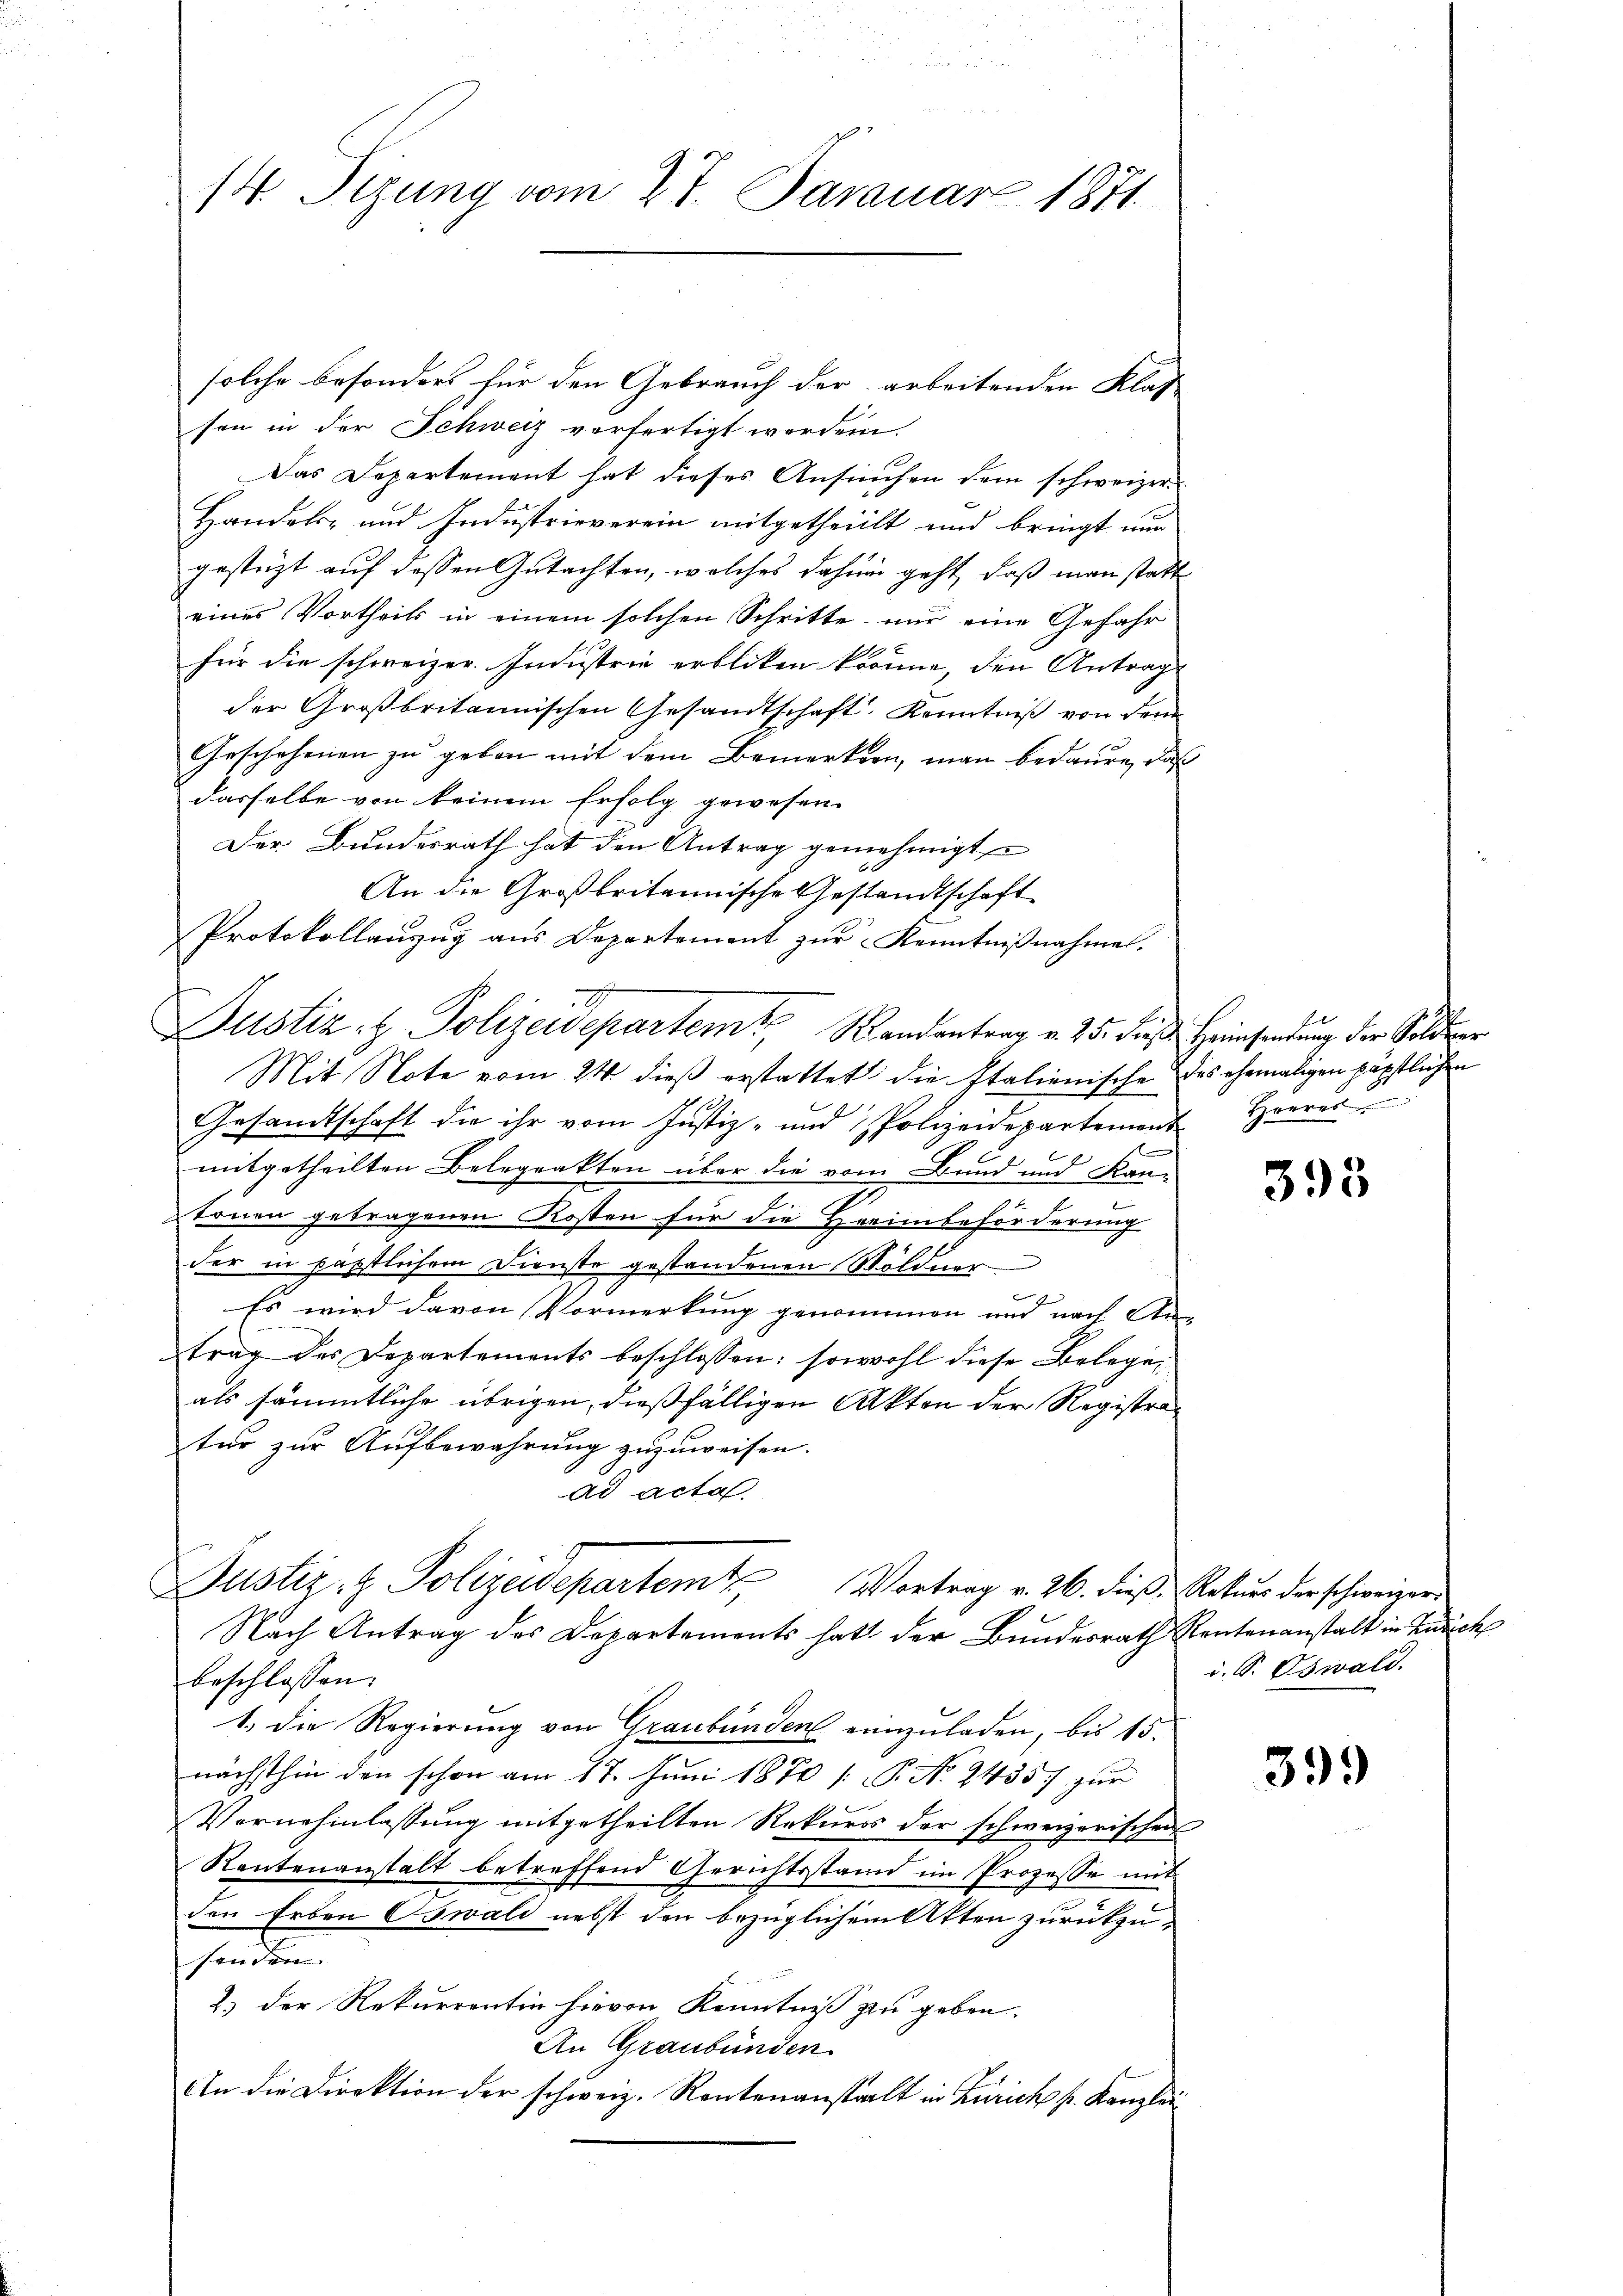
14. Tizung vom 27. Januar 1871.

solche besonders für den Gebrauch der arbeitenden Klas
son in der Schweiz verfertigt worden.
Das Departement hat dieses Ansuchen dem schweizer-
Handels- und Industrieverein mitgetheilt und bringt nun
gestüzt auf dessen Gutachten, welches dahin geht, daß man statt
eines Vortheils in einem solchen Schritte nur eine Gefahr
für die schweizer. Industrie erblicken könne, den Antrag
der Großbritannischen Gesandtschaft. Kenntniß von dem
Geschehenen zu geben mit dem Bemerkten, man bedaure, daß
dasselbe von keinem Erfolg gewesen.
Der Bundesrath hat den Antrag genehmigt
An die Großbritannische Gestandtschaft
Protokollanzug aus Departement zur Kenntnißnahmen.
Justiz- & Polizeidepartem Randantrag v. 25. dieß Heimsendung der Soldner
Mit Note vom 24. dieß erstattet die Italienische des ehemaligen päpstlichen
Gesandtschaft die ihr vom Justiz- und Polizeidepartement Heeres
mitgetheilten Belegrakten über die vom Bund und Kan-
E.
tonen getragenen Kosten für die Herinbeförderung
der in päpstlichem Dienste gestandenen Wöldner
J
Es wird davon Vormerkung genommen und nach Antrag des Departements beschlossen: sowohl diese Belegen
als sämmtliche übrigen, dießfälligen Akten der Registratur zur Aufbewahrung zuzuweisen.
ad acta
Justiz- & Polizeidepartem Vortrag v. 26. dieß Rekurs der schweizeri
Nach Antrag des Departements hat der Bundesrath Rentenanstalt in Zusch
beschlossen:
1. Die Regierung von Graubünden einzuladen, bis 15.
nächsthin den schon am 17. Juni 1870 /: P. Nr. 2435/ zur
Vornehmlassung mitgetheilten Rekurs der schweizerischen
Reutenanstalt betreffend Gerichtsstand im Prozesse mit
den Erben Oswald nebst den bezüglichem Atten zurückzusenden.
2.) Der Rekurrentin hievon Kenntniß zu geben.
An Graubünden
An die Direktion der schweiz. Rentenanstalt in Zürich pr. Kanzlei

395

i. S. Oswald.

399